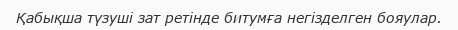
Қабықша түзуші зат ретінде битумға негізделген бояулар.